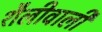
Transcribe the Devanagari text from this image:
शैलीवाली